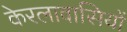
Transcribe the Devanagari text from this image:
केरलावासियों